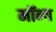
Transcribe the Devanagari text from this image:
मॉन्ग